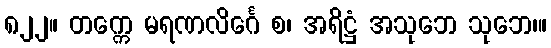
၈၂၂။ တက္ကေ မရဏလိင်္ဂေ စ၊ အရိဋ္ဌံ အသုဘေ သုဘေ၊။